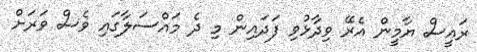
ރައީސް ޔާމީން އެރޭ ވިދާޅުވި ފަދައިން މި ދެ މައްސަލާގައި ވެސް ވަރަށް